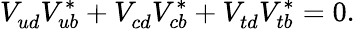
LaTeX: V_{ud}^{}V_{ub}^{*}+V_{cd}^{}V_{cb}^{*}+V_{td}^{}V_{tb}^{*}=0.